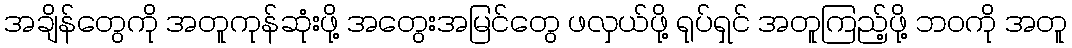
အချိန်တွေကို အတူကုန်ဆုံးဖို့ အတွေးအမြင်တွေ ဖလှယ်ဖို့ ရုပ်ရှင် အတူကြည့်ဖို့ ဘဝကို အတူ